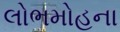
લોભમોહના